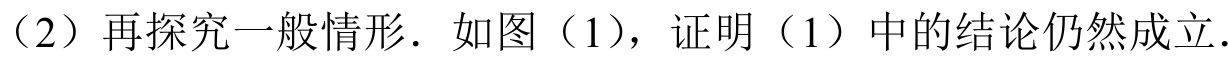
（2）再探究一般情形．如图（1），证明（1）中的结论仍然成立．